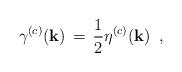
LaTeX: \begin{align*}\gamma ^{(c)}({\bf k}) \, = \, \frac{1}{2}\eta ^{(c)}({\bf k}) \, \, \, ,\end{align*}